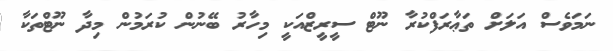
ނަމަވެސް އަލަށް ތަޢާރަފްކުރާ ނޫޓް ސީރީޒްއަކީ މިހާރު ބޭނުން ކުރަމުން މިދާ ނޫޓްތަކާ